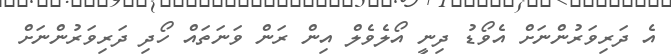
އެ ދަރިވަރުންނަށް އެވޯޑު ދިނީ އޯލެވެލް އިން ރަން ވަނަތައް ހޯދި ދަރިވަރުންނަށް